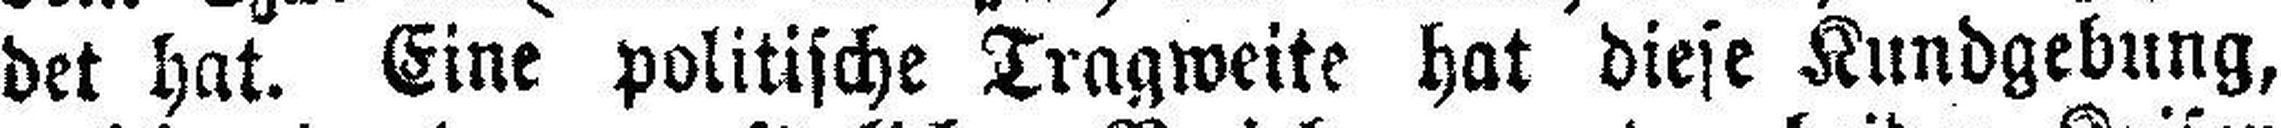
det hat. Eine politische Tragweite hat diese Kundgebung,